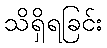
သိရှိရခြင်း